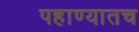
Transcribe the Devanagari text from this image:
पहाण्यातच